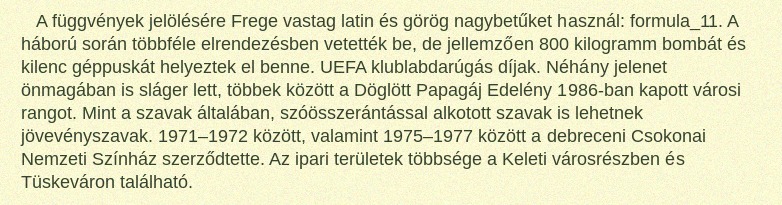
A függvények jelölésére Frege vastag latin és görög nagybetűket használ: formula_11. A háború során többféle elrendezésben vetették be, de jellemzően 800 kilogramm bombát és kilenc géppuskát helyeztek el benne. UEFA klublabdarúgás díjak. Néhány jelenet önmagában is sláger lett, többek között a Döglött Papagáj Edelény 1986-ban kapott városi rangot. Mint a szavak általában, szóösszerántással alkotott szavak is lehetnek jövevényszavak. 1971–1972 között, valamint 1975–1977 között a debreceni Csokonai Nemzeti Színház szerződtette. Az ipari területek többsége a Keleti városrészben és Tüskeváron található.